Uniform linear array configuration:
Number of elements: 16
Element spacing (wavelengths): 0.5
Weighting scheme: cosine
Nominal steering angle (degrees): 30
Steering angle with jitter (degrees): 28.673
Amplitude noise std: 0.05
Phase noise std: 0.05

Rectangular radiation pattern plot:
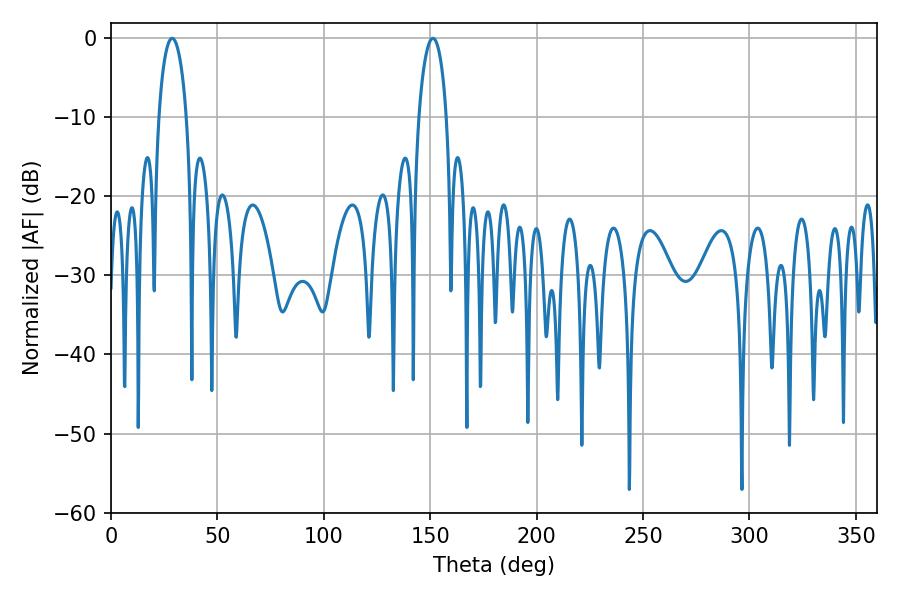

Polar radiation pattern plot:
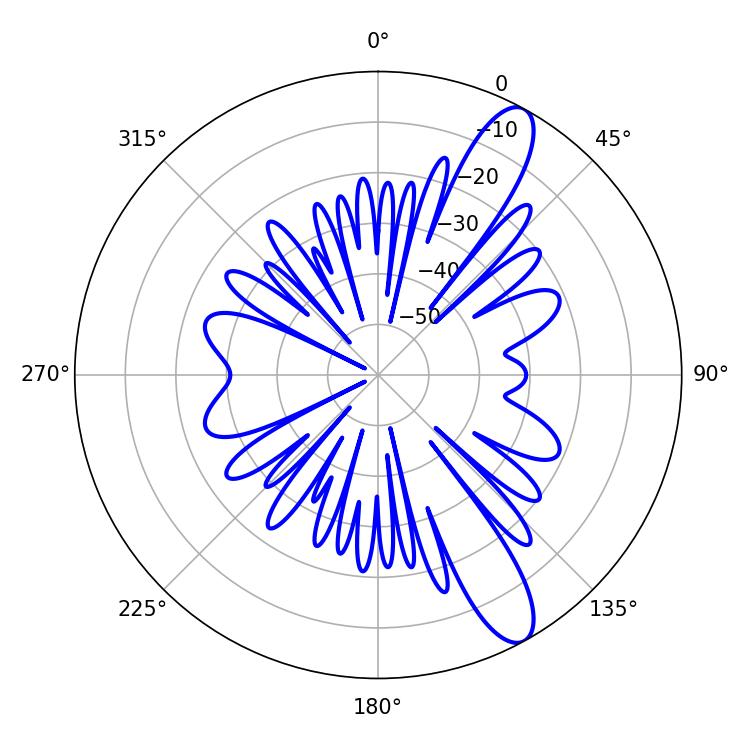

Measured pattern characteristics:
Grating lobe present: FALSE
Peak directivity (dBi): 11.66
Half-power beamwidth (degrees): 7.56
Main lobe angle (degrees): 28.8